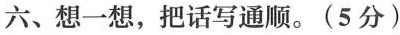
六、想一想，把话写通顺。(5分)